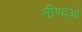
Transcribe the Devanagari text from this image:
मीणाओ